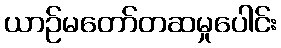
ယာဉ်မတော်တဆမှုပေါင်း